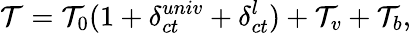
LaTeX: {\cal T}={\cal T}_{0}(1+\delta_{ct}^{univ}+\delta_{ct}^{l})+{\cal T}_{v}+{\cal T}_{b},